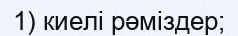
1) киелі рәміздер;